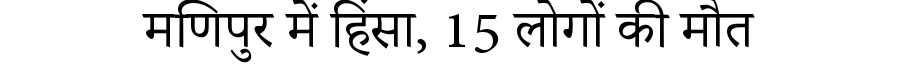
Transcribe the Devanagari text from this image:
मणिपुर में हिंसा, 15 लोगों की मौत